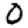
Digit: 0